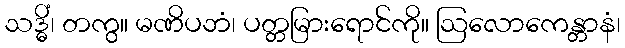
သဒ္ဓိံ၊ တကွ။ မဏိပဘံ၊ ပတ္တမြားရောင်ကို။ ဩလောကေန္တာနံ၊